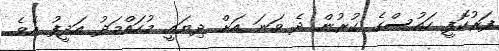
ފަރުކޮފީ ހައުސްގެ ގުރުން ދެ ވަނަ އަށް ދިޔައީ މުހައްމަދު އަދީފު އެވެ.